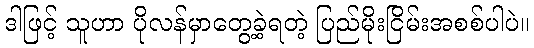
ဒါဖြင့် သူဟာ ပိုလန်မှာတွေ့ခဲ့ရတဲ့ ပြည်မိုးငြိမ်းအစစ်ပါပဲ။